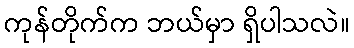
ကုန်တိုက်က ဘယ်မှာ ရှိပါသလဲ။